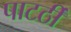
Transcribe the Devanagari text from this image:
पाटर्ठी